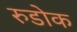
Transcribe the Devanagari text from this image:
रुडोक